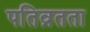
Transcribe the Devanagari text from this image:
पतिव्रतता